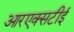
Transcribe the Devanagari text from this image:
आरएक्सटीई